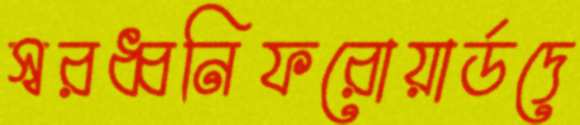
স্বরধ্বনিফরোয়ার্ডদে